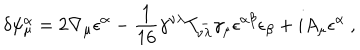
LaTeX: \delta \psi _ { \mu } ^ { \alpha } = 2 \nabla _ { \mu } \epsilon ^ { \alpha } - { \frac { 1 } { 1 6 } } \gamma ^ { \nu \lambda } T _ { \nu \lambda } ^ { - } \gamma _ { \mu } \epsilon ^ { \alpha \beta } \epsilon _ { \beta } + i A _ { \mu } \epsilon ^ { \alpha } \ ,